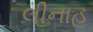
લીનાહ